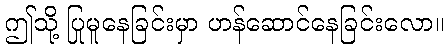
ဤသို့ ပြုမူနေခြင်းမှာ ဟန်ဆောင်နေခြင်းလော။